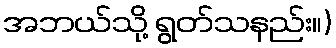
အဘယ်သို့ ရွတ်သနည်း။)